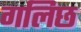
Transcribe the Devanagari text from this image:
गलिछ